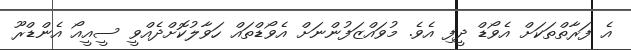
އެ ފަރާތްތަކަށް އެވޯޑް ދީފި އެވެ. މުވައްޒަފުންނަށް އެވޯޑްތައް ހަވާލުކޮށްދެއްވީ ސީއީއޯ އެންޑްރޫ